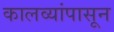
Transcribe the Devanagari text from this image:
कालव्यांपासून